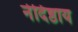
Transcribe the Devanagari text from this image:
नेदिष्ठाय